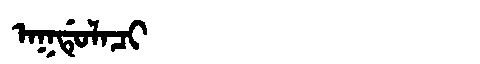
Manchu: ᠠᡴᡩᡠᠯᠠᠴᡳ
Romanization: AKDULACI